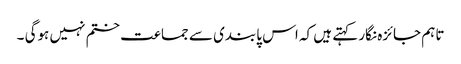
تاہم جائزہ نگار کہتے ہیں کہ اس پابندی سے جماعت ختم نہیں ہوگی ۔